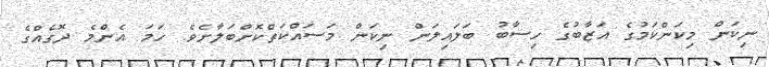
ނިކަން މިކަންކަމުގެ އަޒާބުގެ ހިސާބު ބަލައިލަން ނިކަން މަސައްކަތްކޮށްބަލާށެވެ. ހަމަ އެންމެ ދޮގެއްގެ